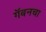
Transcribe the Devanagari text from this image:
गॅबनचा